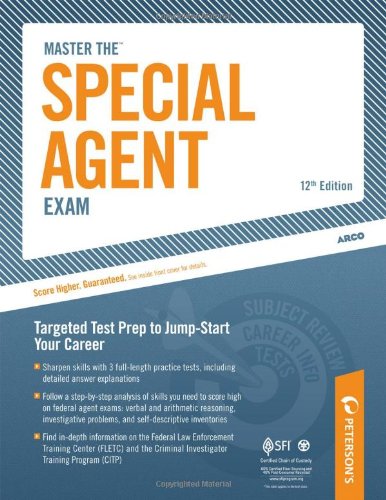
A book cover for Master The Special Agent Exam: Targeted Test Prep to Jump-Start Your Career; Peterson's; Test Preparation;